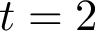
t = 2